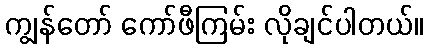
ကျွန်တော် ကော်ဖီကြမ်း လိုချင်ပါတယ်။